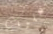
عليك